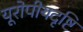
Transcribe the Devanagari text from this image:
यूरोपीयदृष्टि